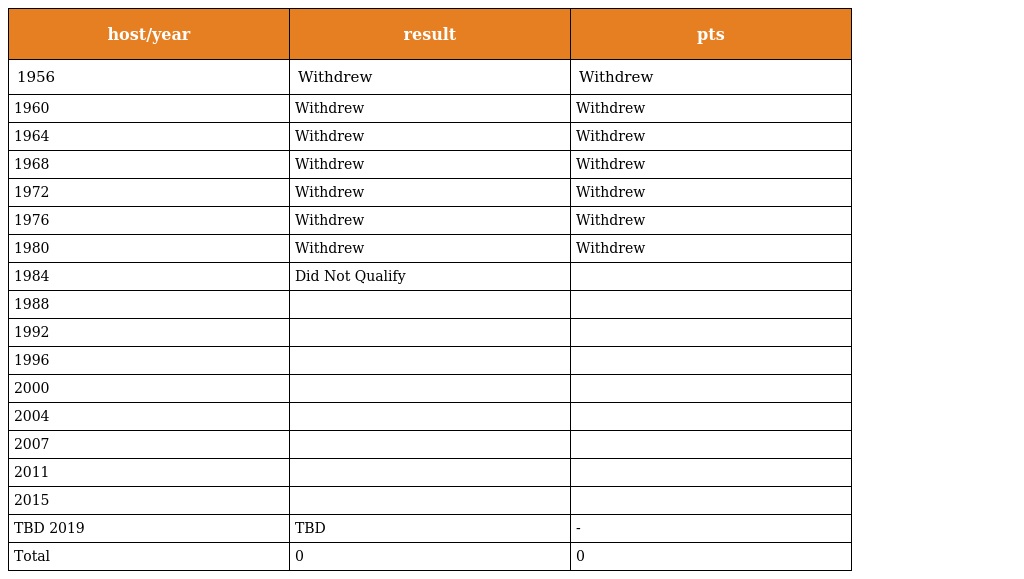
| host/year | result | pts |
 | --- | --- | --- |
 | 1956 | Withdrew | Withdrew |
 | 1960 | Withdrew | Withdrew |
 | 1964 | Withdrew | Withdrew |
 | 1968 | Withdrew | Withdrew |
 | 1972 | Withdrew | Withdrew |
 | 1976 | Withdrew | Withdrew |
 | 1980 | Withdrew | Withdrew |
 | 1984 | Did Not Qualify |  |
 | 1988 |  |  |
 | 1992 |  |  |
 | 1996 |  |  |
 | 2000 |  |  |
 | 2004 |  |  |
 | 2007 |  |  |
 | 2011 |  |  |
 | 2015 |  |  |
 | TBD 2019 | TBD | - |
 | Total | 0 | 0 |